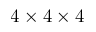
4 \times 4 \times 4